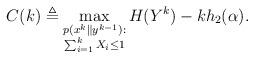
LaTeX: \begin{align*}C(k)\triangleq \max_{\substack{p(x^k\|y^{k-1}):\\ \sum_{i=1}^{k}X_i\leq 1}}H(Y^k)-kh_2(\alpha).\end{align*}